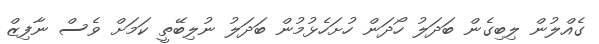
ގެއްލުން ލިބިގެން ބަދަލު ހޯދަން ހުށަހެޅުމުން ބަދަލު ނުލިބޭތީ ކަމަށް ވެސް ނާފިޒް